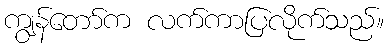
ကျွန်တော်က လက်ကာပြလိုက်သည်။